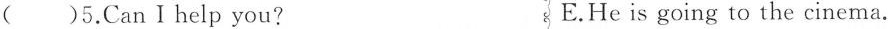
()5.Can I help you? E.He is going to the cinema.